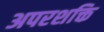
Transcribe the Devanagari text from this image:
अपरशक्ति